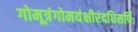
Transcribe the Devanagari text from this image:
गोमूत्रंगोमयंक्षीरंदधिसर्पिः